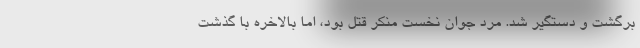
برگشت و دستگیر شد. مرد جوان نخست منکر قتل بود، اما بالاخره با گذشت